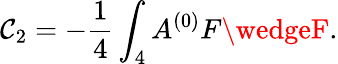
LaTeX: \mathcal{C}_{2}=-{\frac{{1}}{{4}}}\int_{4}A^{(0)}F\wedgeF.